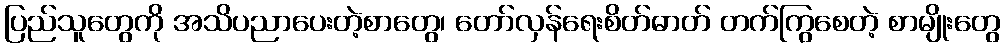
ပြည်သူတွေကို အသိပညာပေးတဲ့စာတွေ၊ တော်လှန်ရေးစိတ်ဓာတ် တက်ကြွစေတဲ့ စာမျိုးတွေ